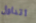
اتناول